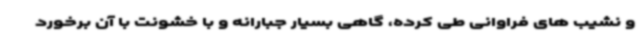
و نشیب های فراوانی طی کرده، گاهی بسیار جبارانه و با خشونت با آن برخورد